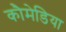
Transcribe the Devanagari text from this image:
कौमेडिया